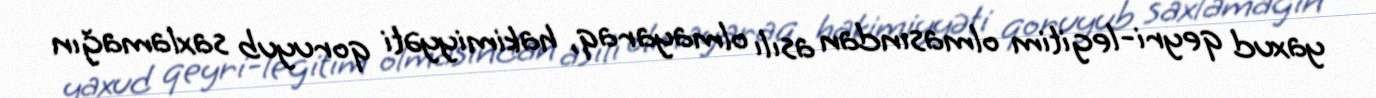
yaxud qeyri-legitim olmasından asılı olmayaraq, hakimiyyəti qoruyub saxlamağın